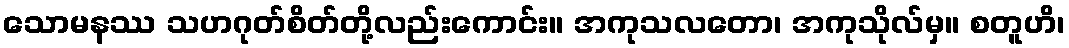
သောမနဿ သဟဂုတ်စိတ်တို့လည်းကောင်း။ အကုသလတော၊ အကုသိုလ်မှ။ စတူဟိ၊